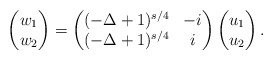
\begin{align*}\begin{pmatrix}w_{1} \\w_{2}\end{pmatrix}= \begin{pmatrix}(-\Delta + 1)^{s/4} & -i\\(-\Delta + 1)^{s/4} & i\end{pmatrix}\begin{pmatrix}u_{1}\\u_{2}\end{pmatrix}. \end{align*}